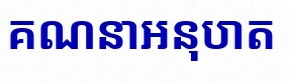
គណនាអនុបាត